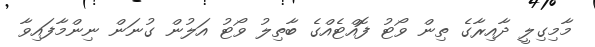
މާމިގިލީ ދާއިރާގެ ތިން ވޯޓު ފޮއްޓެއްގެ ބާތިލު ވޯޓު އަލުން ގުނަން ނިންމާފައިވާ